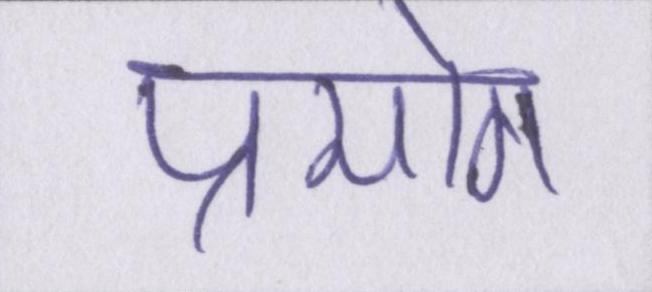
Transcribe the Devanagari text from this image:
प्रयोग